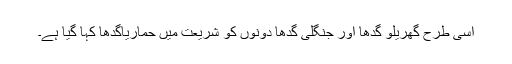
اسی طرح گھریلو گدھا اور جنگلی گدھا دونوں کو شریعت میں حماریاگدھا کہا گیا ہے۔